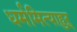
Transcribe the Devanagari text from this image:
धर्ममित्याहुऱ्